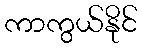
ကာကွယ်နိုင်